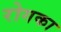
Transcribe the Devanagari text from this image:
रोगका